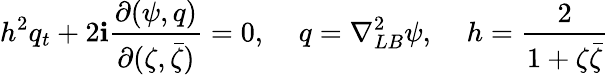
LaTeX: h^{2}q_{t}+2\mathbf{i}\frac{{\partial(\psi,q)}}{{\partial(\zeta,\bar{{\zeta}})}}=0,\; \; \; \; q=\nabla_{LB}^{2}\psi,\; \; \; \; h=\frac{{2}}{{1+\zeta\bar{{\zeta}}}}